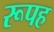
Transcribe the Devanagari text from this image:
रूपह